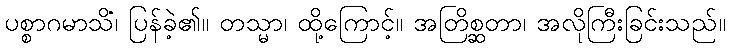
ပစ္စာဂမာသိံ၊ ပြန်ခဲ့၏။ တသ္မာ၊ ထို့ကြောင့်။ အတြိစ္ဆတာ၊ အလိုကြီးခြင်းသည်။